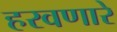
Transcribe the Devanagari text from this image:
हरवणारे